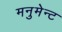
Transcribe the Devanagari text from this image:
मनुमेन्ट